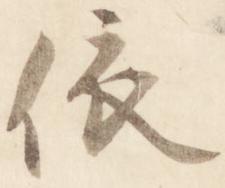
依